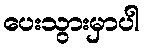
ပေးသွားမှာပါ